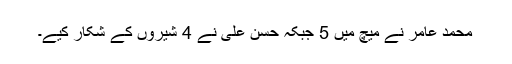
محمد عامر نے میچ میں 5 جبکہ حسن علی نے 4 شیروں کے شکار کیے۔